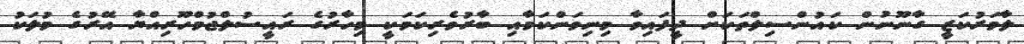
ލާމަރުކަޒީ ގާނޫނުން ކައުންސިލްތަކަށް ދީފައިވާ މިނިވަންކަމާއި ބާރުވެރިކަމަކީ މިހާރުގެ ރައީސުލްޖުމްހޫރިއްޔާ އޭރުގެ މުލަކު